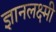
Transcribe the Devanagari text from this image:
ज्ञानलक्ष्मी